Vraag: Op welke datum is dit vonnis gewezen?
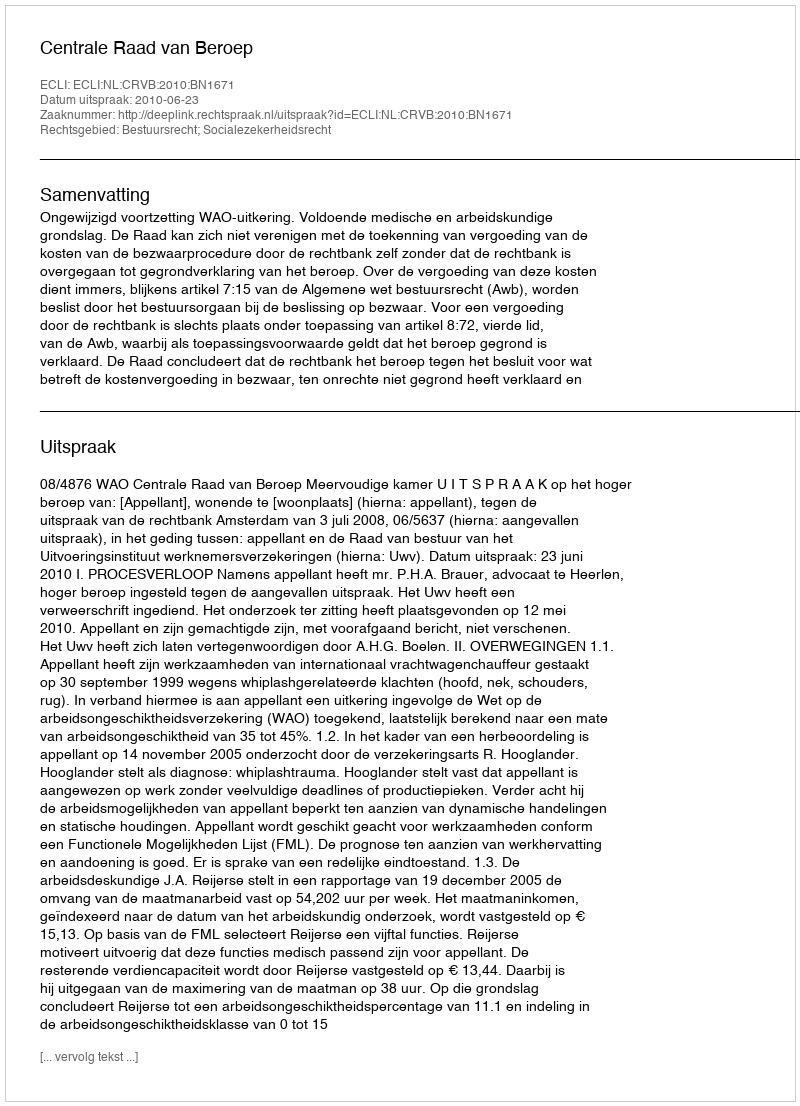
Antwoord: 2010-06-23